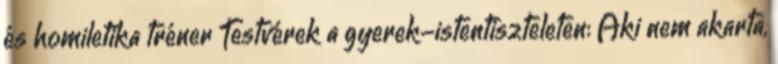
és homiletika tréner Testvérek a gyerek-istentiszteleten: Aki nem akarta,